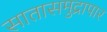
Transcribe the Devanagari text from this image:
सातासमुद्रापार